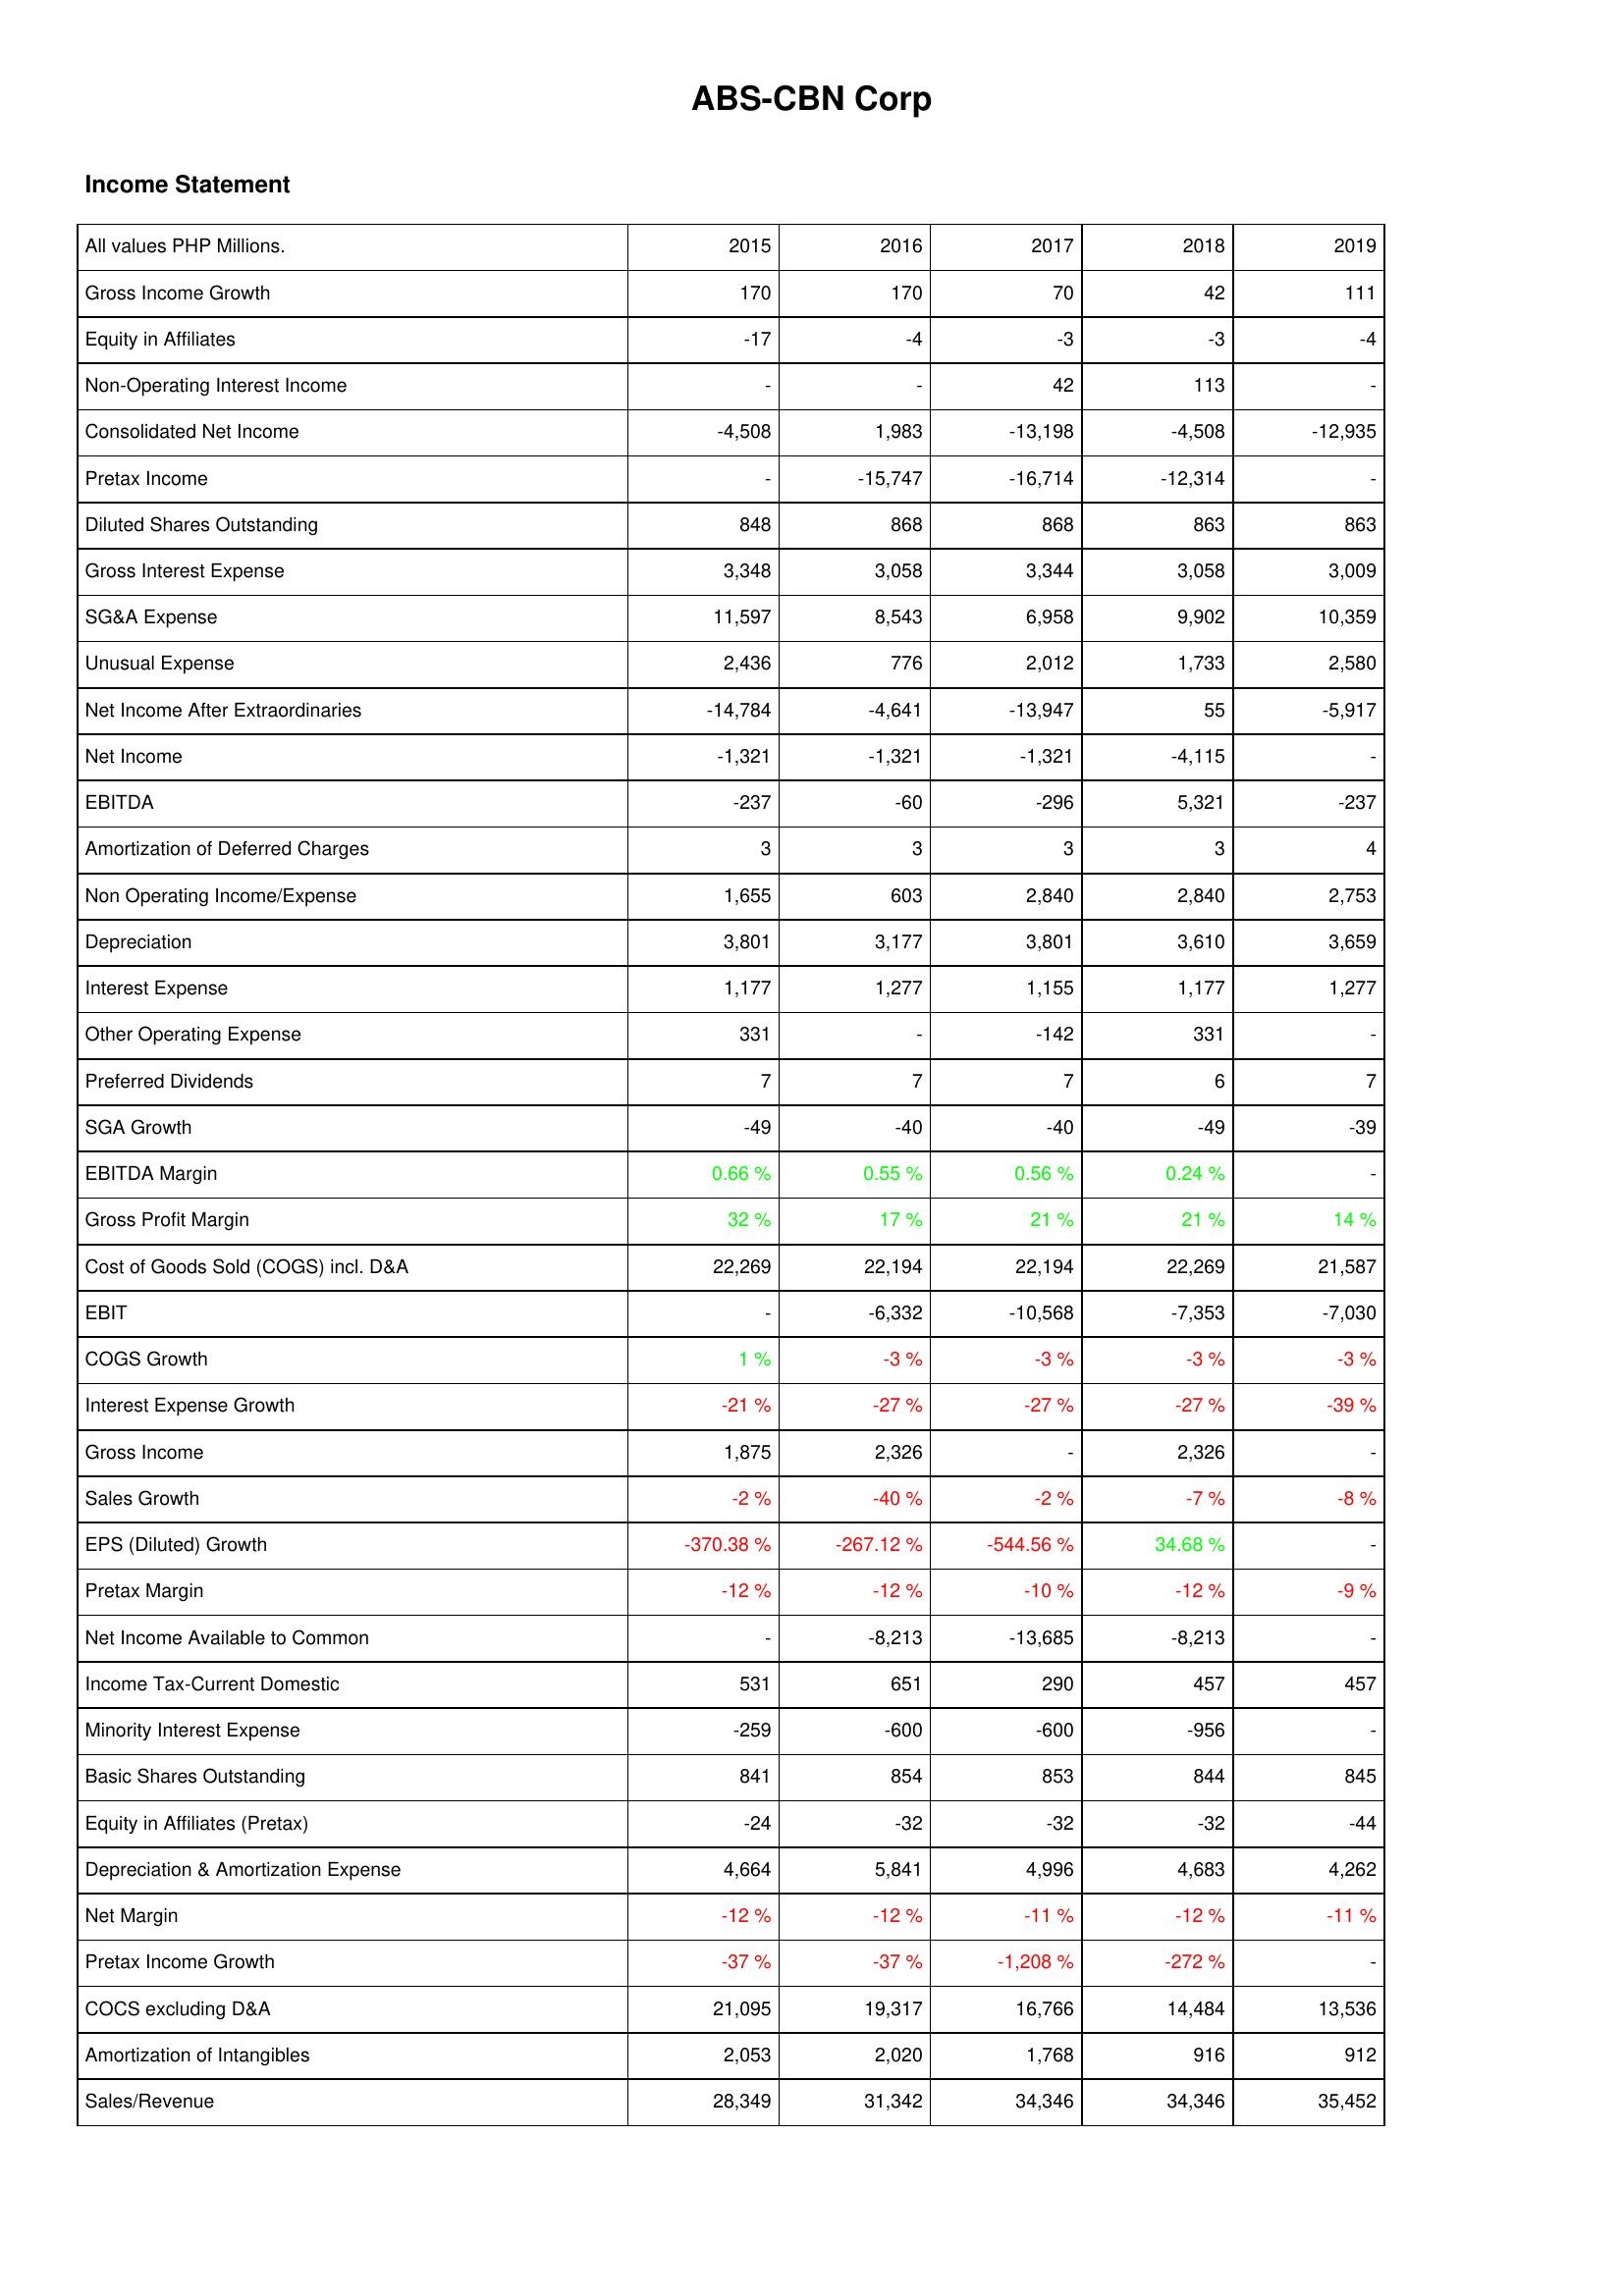
2015: Income Statement: Gross Income Growth: 170
Equity in Affiliates: -17
Non-Operating Interest Income: -
Consolidated Net Income: -4,508
Pretax Income: -
Diluted Shares Outstanding: 848
Gross Interest Expense: 3,348
SG&A Expense: 11,597
Unusual Expense: 2,436
Net Income After Extraordinaries: -14,784
Net Income: -1,321
EBITDA: -237
Amortization of Deferred Charges: 3
Non Operating Income/Expense: 1,655
Depreciation: 3,801
Interest Expense: 1,177
Other Operating Expense: 331
Preferred Dividends: 7
SGA Growth: -49
EBITDA Margin: 0.66 %
Gross Profit Margin: 32 %
Cost of Goods Sold (COGS) incl. D&A: 22,269
EBIT: -
COGS Growth: 1 %
Interest Expense Growth: -21 %
Gross Income: 1,875
Sales Growth: -2 %
EPS (Diluted) Growth: -370.38 %
Pretax Margin: -12 %
Net Income Available to Common: -
Income Tax-Current Domestic: 531
Minority Interest Expense: -259
Basic Shares Outstanding: 841
Equity in Affiliates (Pretax): -24
Depreciation & Amortization Expense: 4,664
Net Margin: -12 %
Pretax Income Growth: -37 %
COCS excluding D&A: 21,095
Amortization of Intangibles: 2,053
Sales/Revenue: 28,349
2016: Income Statement: Gross Income Growth: 170
Equity in Affiliates: -4
Non-Operating Interest Income: -
Consolidated Net Income: 1,983
Pretax Income: -15,747
Diluted Shares Outstanding: 868
Gross Interest Expense: 3,058
SG&A Expense: 8,543
Unusual Expense: 776
Net Income After Extraordinaries: -4,641
Net Income: -1,321
EBITDA: -60
Amortization of Deferred Charges: 3
Non Operating Income/Expense: 603
Depreciation: 3,177
Interest Expense: 1,277
Other Operating Expense: -
Preferred Dividends: 7
SGA Growth: -40
EBITDA Margin: 0.55 %
Gross Profit Margin: 17 %
Cost of Goods Sold (COGS) incl. D&A: 22,194
EBIT: -6,332
COGS Growth: -3 %
Interest Expense Growth: -27 %
Gross Income: 2,326
Sales Growth: -40 %
EPS (Diluted) Growth: -267.12 %
Pretax Margin: -12 %
Net Income Available to Common: -8,213
Income Tax-Current Domestic: 651
Minority Interest Expense: -600
Basic Shares Outstanding: 854
Equity in Affiliates (Pretax): -32
Depreciation & Amortization Expense: 5,841
Net Margin: -12 %
Pretax Income Growth: -37 %
COCS excluding D&A: 19,317
Amortization of Intangibles: 2,020
Sales/Revenue: 31,342
2017: Income Statement: Gross Income Growth: 70
Equity in Affiliates: -3
Non-Operating Interest Income: 42
Consolidated Net Income: -13,198
Pretax Income: -16,714
Diluted Shares Outstanding: 868
Gross Interest Expense: 3,344
SG&A Expense: 6,958
Unusual Expense: 2,012
Net Income After Extraordinaries: -13,947
Net Income: -1,321
EBITDA: -296
Amortization of Deferred Charges: 3
Non Operating Income/Expense: 2,840
Depreciation: 3,801
Interest Expense: 1,155
Other Operating Expense: -142
Preferred Dividends: 7
SGA Growth: -40
EBITDA Margin: 0.56 %
Gross Profit Margin: 21 %
Cost of Goods Sold (COGS) incl. D&A: 22,194
EBIT: -10,568
COGS Growth: -3 %
Interest Expense Growth: -27 %
Gross Income: -
Sales Growth: -2 %
EPS (Diluted) Growth: -544.56 %
Pretax Margin: -10 %
Net Income Available to Common: -13,685
Income Tax-Current Domestic: 290
Minority Interest Expense: -600
Basic Shares Outstanding: 853
Equity in Affiliates (Pretax): -32
Depreciation & Amortization Expense: 4,996
Net Margin: -11 %
Pretax Income Growth: -1,208 %
COCS excluding D&A: 16,766
Amortization of Intangibles: 1,768
Sales/Revenue: 34,346
2018: Income Statement: Gross Income Growth: 42
Equity in Affiliates: -3
Non-Operating Interest Income: 113
Consolidated Net Income: -4,508
Pretax Income: -12,314
Diluted Shares Outstanding: 863
Gross Interest Expense: 3,058
SG&A Expense: 9,902
Unusual Expense: 1,733
Net Income After Extraordinaries: 55
Net Income: -4,115
EBITDA: 5,321
Amortization of Deferred Charges: 3
Non Operating Income/Expense: 2,840
Depreciation: 3,610
Interest Expense: 1,177
Other Operating Expense: 331
Preferred Dividends: 6
SGA Growth: -49
EBITDA Margin: 0.24 %
Gross Profit Margin: 21 %
Cost of Goods Sold (COGS) incl. D&A: 22,269
EBIT: -7,353
COGS Growth: -3 %
Interest Expense Growth: -27 %
Gross Income: 2,326
Sales Growth: -7 %
EPS (Diluted) Growth: 34.68 %
Pretax Margin: -12 %
Net Income Available to Common: -8,213
Income Tax-Current Domestic: 457
Minority Interest Expense: -956
Basic Shares Outstanding: 844
Equity in Affiliates (Pretax): -32
Depreciation & Amortization Expense: 4,683
Net Margin: -12 %
Pretax Income Growth: -272 %
COCS excluding D&A: 14,484
Amortization of Intangibles: 916
Sales/Revenue: 34,346
2019: Income Statement: Gross Income Growth: 111
Equity in Affiliates: -4
Non-Operating Interest Income: -
Consolidated Net Income: -12,935
Pretax Income: -
Diluted Shares Outstanding: 863
Gross Interest Expense: 3,009
SG&A Expense: 10,359
Unusual Expense: 2,580
Net Income After Extraordinaries: -5,917
Net Income: -
EBITDA: -237
Amortization of Deferred Charges: 4
Non Operating Income/Expense: 2,753
Depreciation: 3,659
Interest Expense: 1,277
Other Operating Expense: -
Preferred Dividends: 7
SGA Growth: -39
EBITDA Margin: -
Gross Profit Margin: 14 %
Cost of Goods Sold (COGS) incl. D&A: 21,587
EBIT: -7,030
COGS Growth: -3 %
Interest Expense Growth: -39 %
Gross Income: -
Sales Growth: -8 %
EPS (Diluted) Growth: -
Pretax Margin: -9 %
Net Income Available to Common: -
Income Tax-Current Domestic: 457
Minority Interest Expense: -
Basic Shares Outstanding: 845
Equity in Affiliates (Pretax): -44
Depreciation & Amortization Expense: 4,262
Net Margin: -11 %
Pretax Income Growth: -
COCS excluding D&A: 13,536
Amortization of Intangibles: 912
Sales/Revenue: 35,452